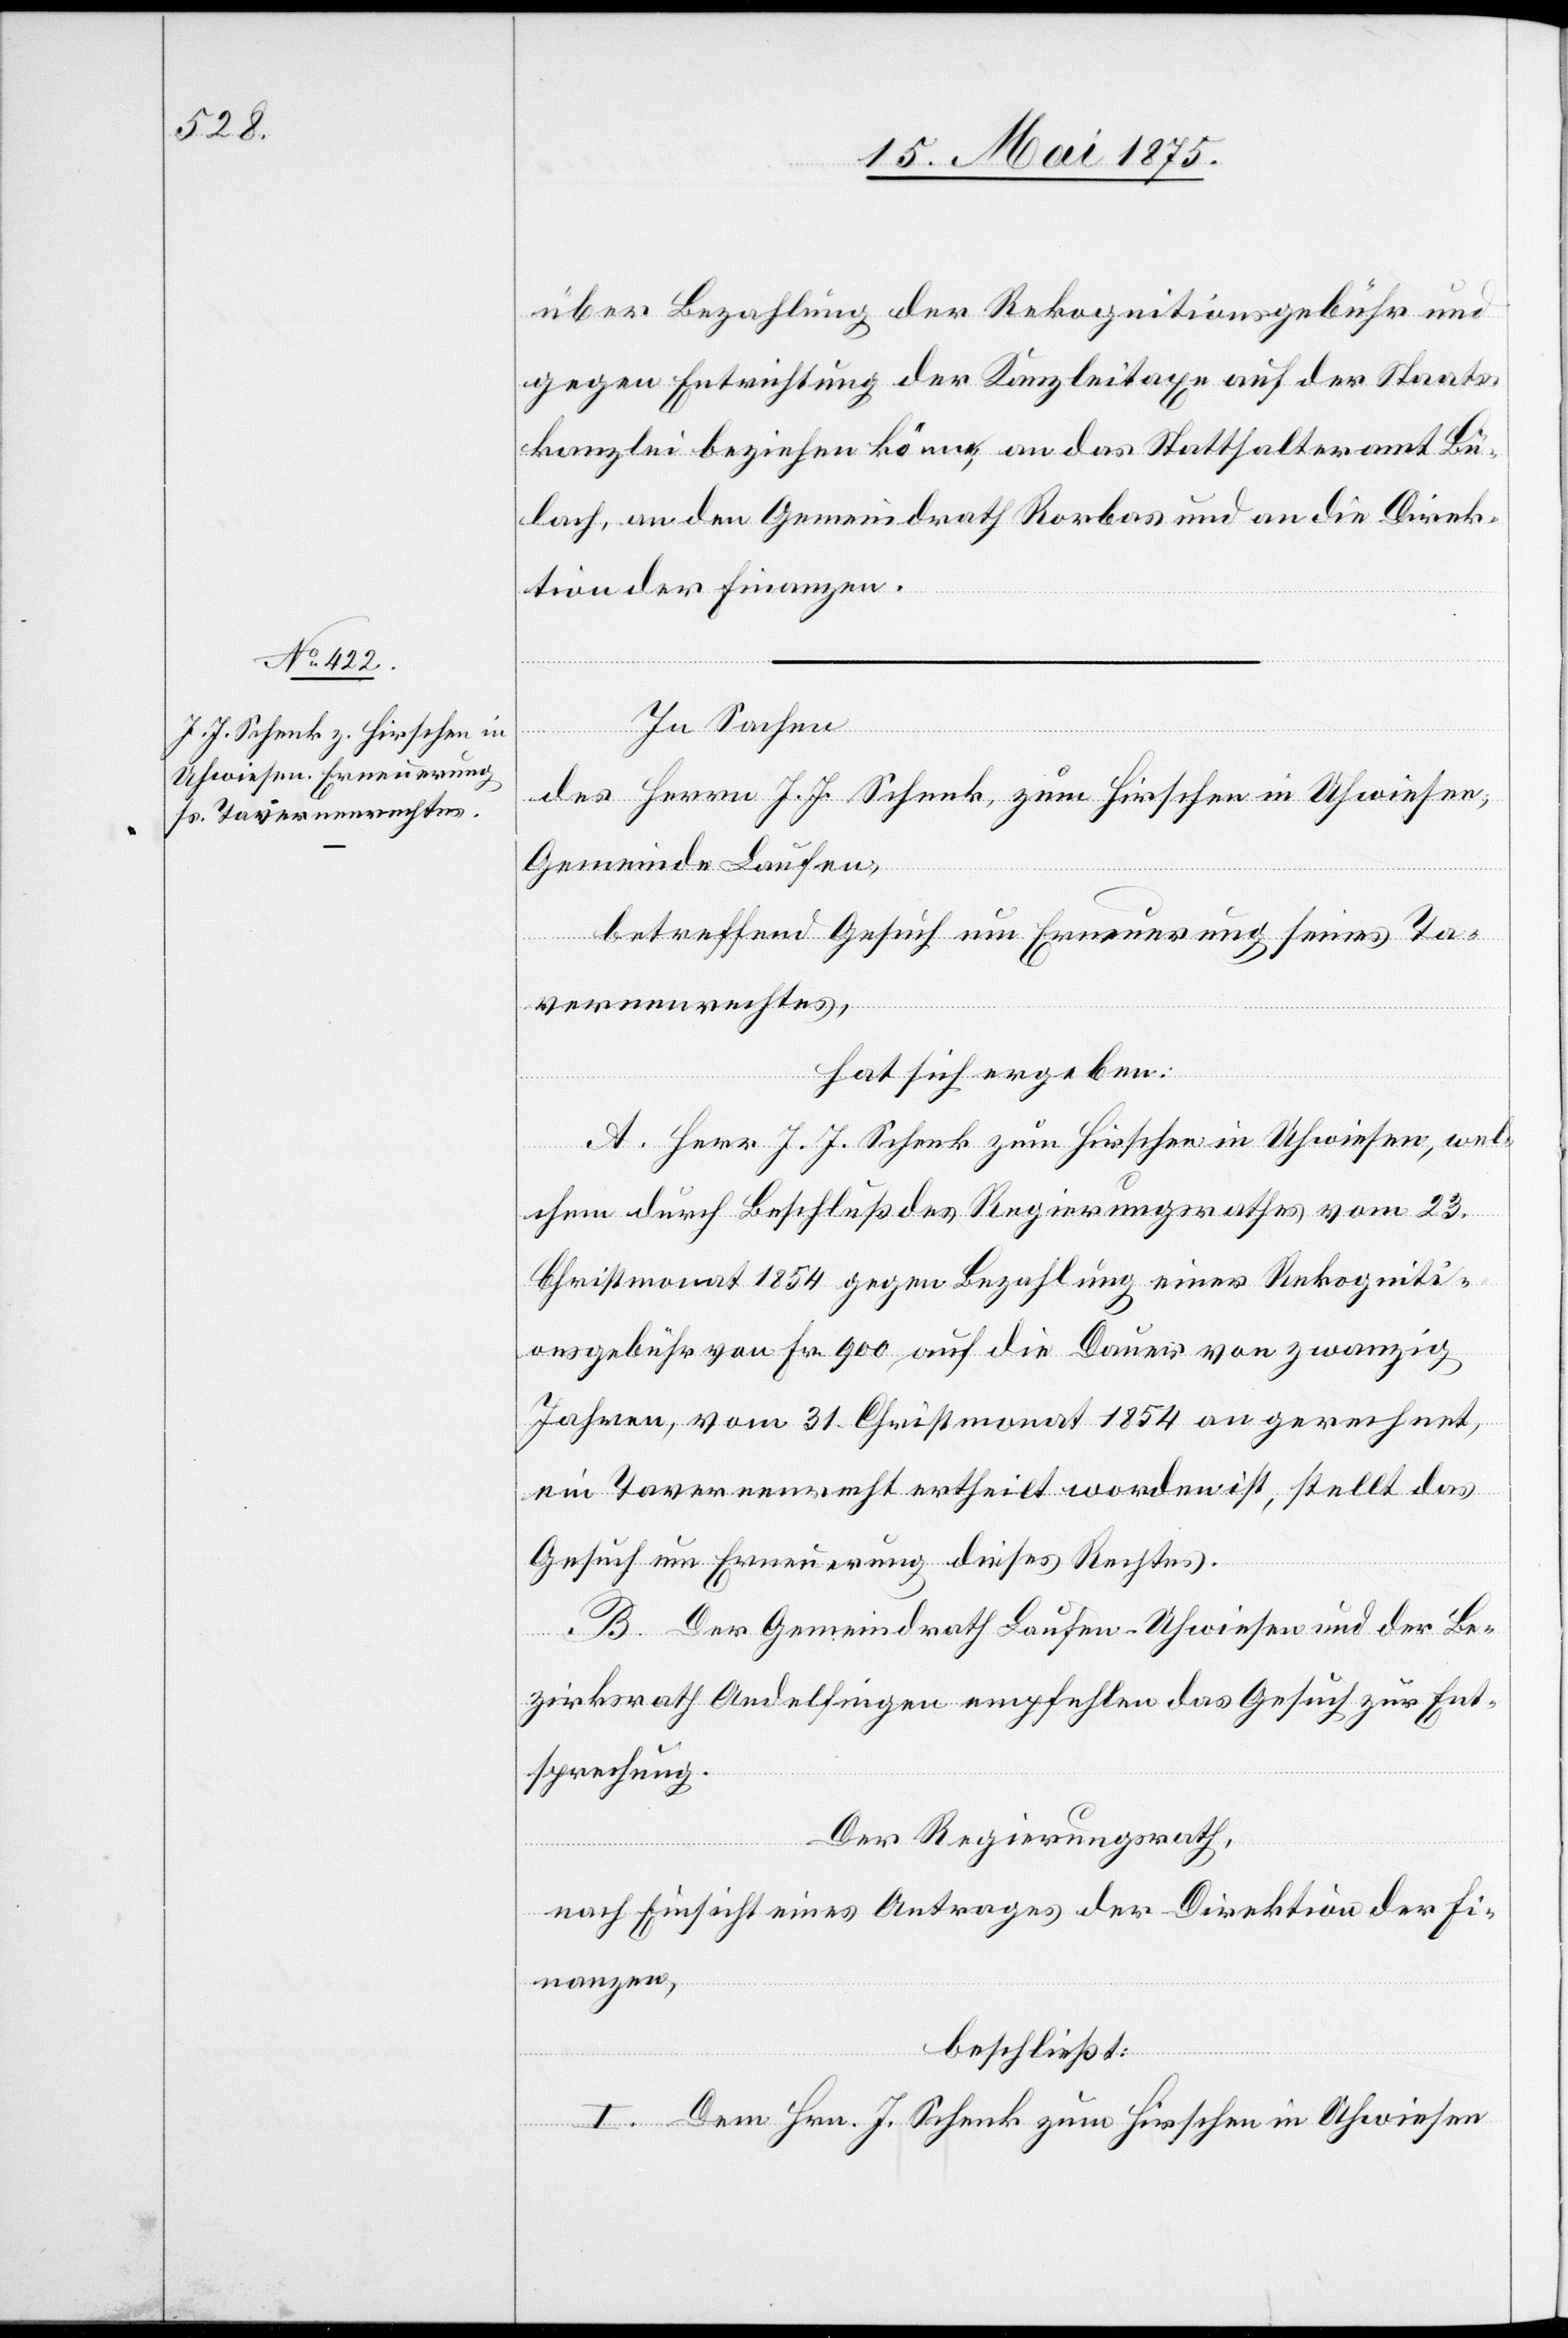
über Bezahlung der Rekognitionsgebühr und
gegen Entrichtung der Kanzleitaxe auf der Staats¬
kanzlei beziehen könne, an das Statthalteramt Bü¬
lach, an den Gemeindrath Rorbas und an die Direk¬
tion der Finanzen.
In Sachen
des Herrn J. J. Schenk, zum Hirschen in Uhwiesen,
Gemeinde Laufen,
betreffend Gesuch um Erneuerung seines Ta¬
vernenrechtes,
hat sich ergeben:
A. Herr J. J. Schenk zum Hirschen in Uhwiesen, wel¬
chem durch Beschluß des Regierungsrathes vom 23.
Christmonat 1854 gegen Bezahlung einer Rekogniti¬
onsgebühr von Fr. 900 auf die Dauer von zwanzig
Jahren, vom 31. Christmonat 1854 an gerechnet,
ein Tavernenrecht ertheilt worden ist, stellt das
Gesuch um Erneuerung dieses Rechtes.
B. Der Gemeindrath Laufen-Uhwiesen und der Be¬
zirksrath Andelfingen empfehlen das Gesuch zur Ent¬
sprechung.
Der Regierungsrath,
nach Einsicht eines Antrages der Direktion der Fi¬
nanzen,
beschließt:
I. Dem Hrn. J. Schenk zum Hirschen in Uhwiesen